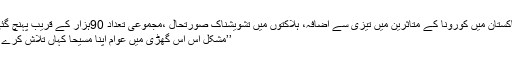
پاکستان میں کورونا کے متاثرین میں تیزی سے اضافہ، ہلاکتوں میں تشویشناک صورتحال ،مجموعی تعداد 90ہزار کے قریب پہنچ گئی‎
’’مشکل اس اس گھڑی میں عوام اپنا مسیحا کہاں تلاش کرے ؟